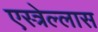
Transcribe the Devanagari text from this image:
एस्त्रेल्लास